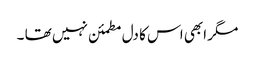
مگر ابھی اس کا دل مطمئن نہیں تھا ۔